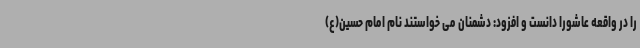
را در واقعه عاشورا دانست و افزود: دشمنان می خواستند نام امام حسین(ع)